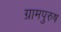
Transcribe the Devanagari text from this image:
ग्रामपुरुष